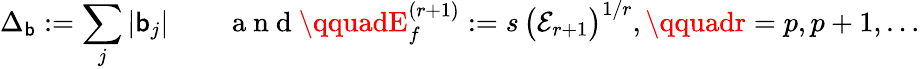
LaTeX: \Delta_{\mathsf{b}}:=\sum_{j}|\mathsf{b}_{j}|\qquad\mathrm{{~a~n~d~}}\qquadE_{f}^{(r+1)}:=s\, \big(\mathcal{{E}}_{r+1}\big)^{1/r},\qquadr=p,p+1,\ldots